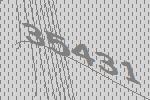
35431